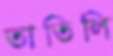
তাতিলি